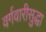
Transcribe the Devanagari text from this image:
वर्गवारीसुद्धा